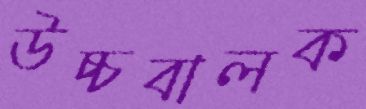
উচ্চবালক